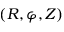
( R , \varphi , Z )